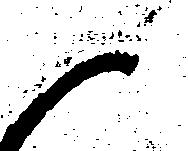
御